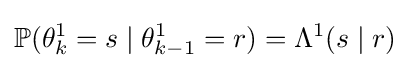
\mathbb {P} (\theta _{k}^{1}=s\mid \theta _{k-1}^{1}=r)=\Lambda ^{1}(s\mid r)